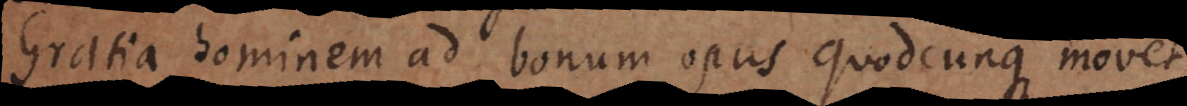
Gratia hominem ad bonum opus quodcunque movet